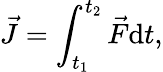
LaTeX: {\vec{J}}=\int_{t_{1}}^{t_{2}}{{\vec{F}}\mathrm{d}t},